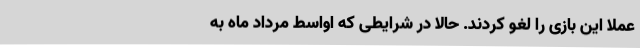
عملاً این بازی را لغو کردند. حالا در شرایطی که اواسط مرداد ماه به